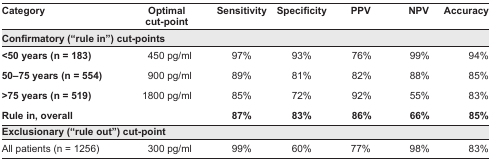
| Category | Optimal cut-point | Sensitivity | Specificity | PPV | NPV | Accuracy |
 | --- | --- | --- | --- | --- | --- | --- |
 | <COLSPAN=7> Confirmatory (“rule in”) cut-points |
 | <50 years (n = 183) | 450 pg/ml | 97% | 93% | 76% | 99% | 94% |
 | 50–75 years (n = 554) | 900 pg/ml | 89% | 81% | 82% | 88% | 85% |
 | >75 years (n = 519) | 1800 pg/ml | 85% | 72% | 92% | 55% | 83% |
 | Rule in, overall |  | 87% | 83% | 86% | 66% | 85% |
 | <COLSPAN=7> Exclusionary (“rule out”) cut-point |
 | All patients (n = 1256) | 300 pg/ml | 99% | 60% | 77% | 98% | 83% |